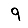
Digit: 9